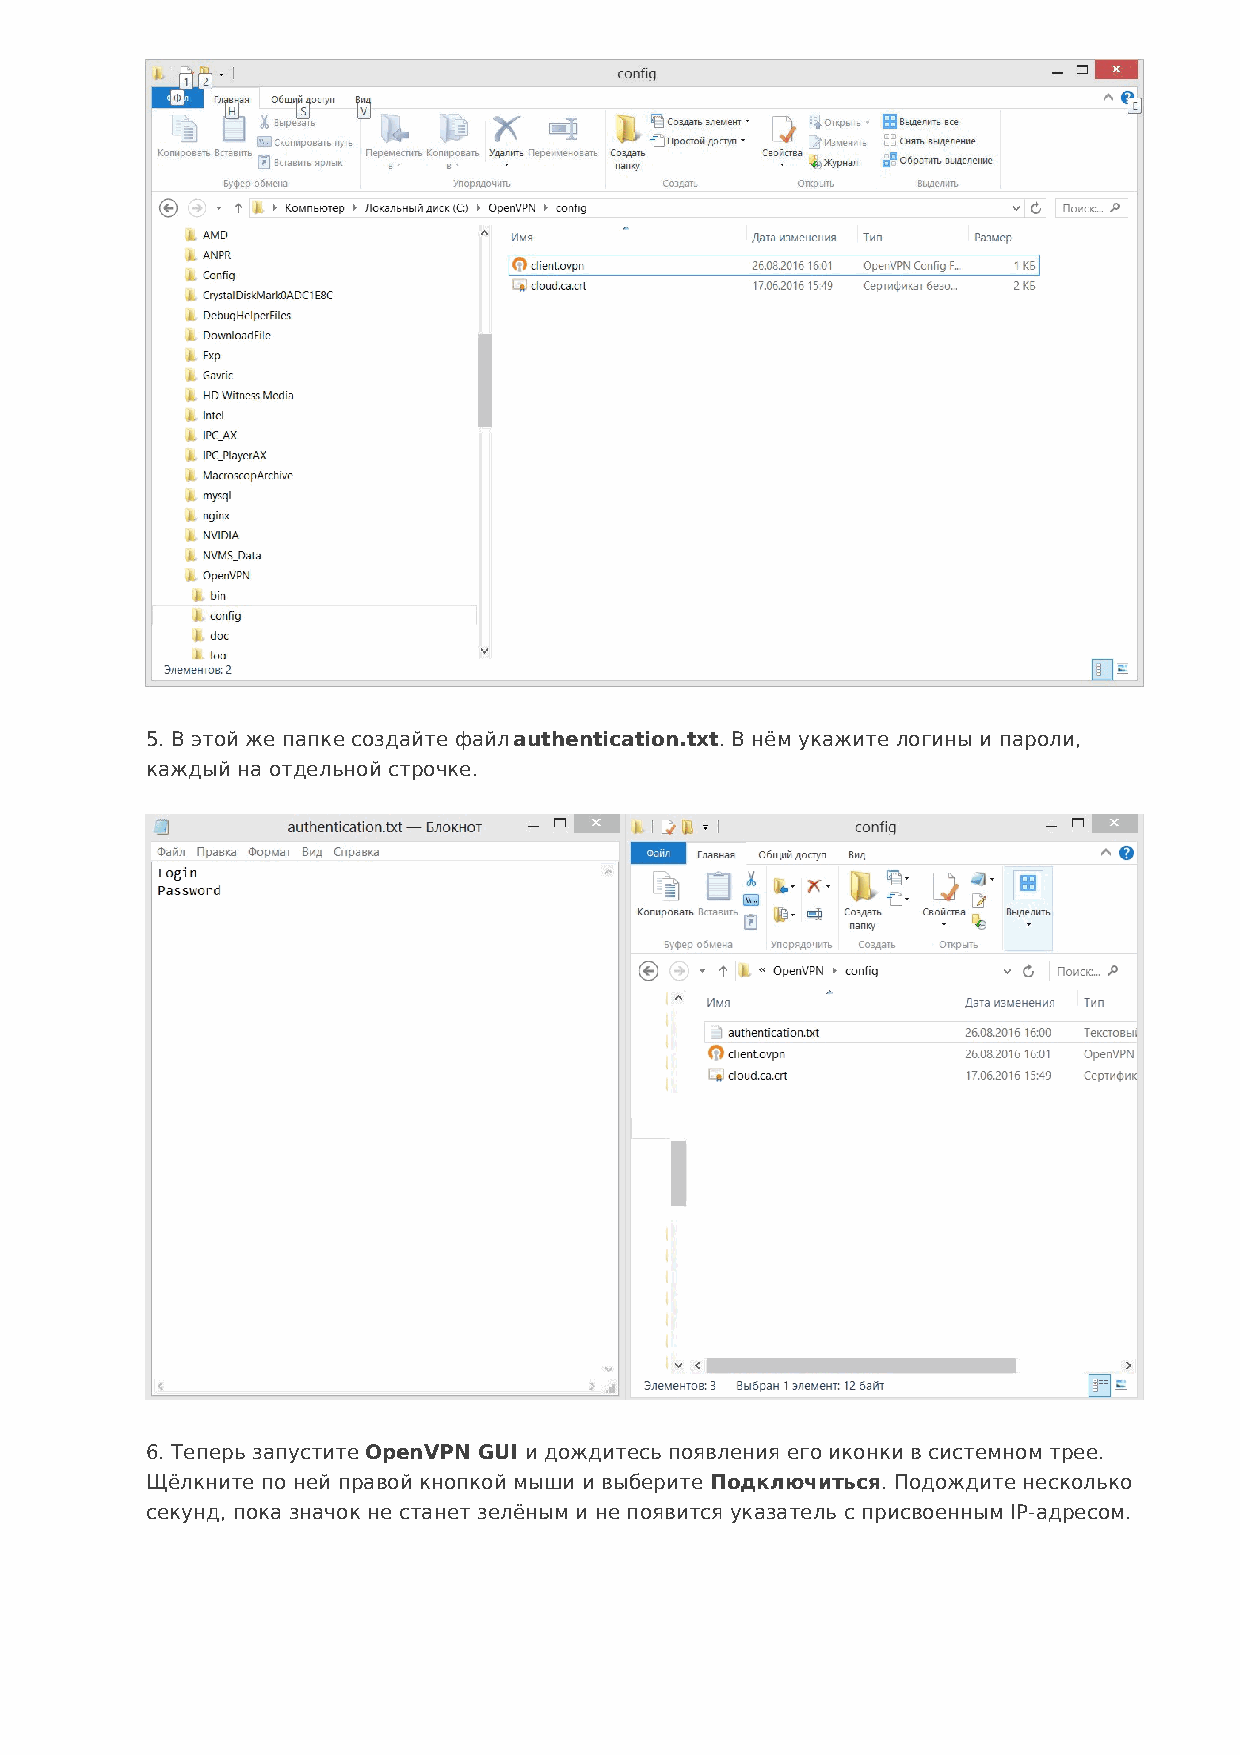
5. В этой же папке создайте файл authentication.txt. В нём укажите логины и пароли,
 каждый на отдельной строчке.
 6. Теперь запустите OpenVPN GUI и дождитесь появления его иконки в системном трее.
 Щёлкните по ней правой кнопкой мыши и выберите Подключиться. Подождите несколько
 секунд, пока значок не станет зелёным и не появится указатель с присвоенным IP-адресом.